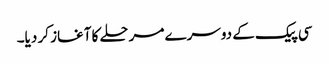
سی پیک کے دوسرے مرحلے کا آغاز کر دیا۔